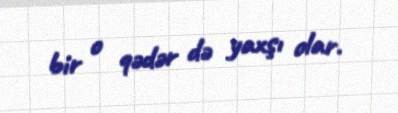
bir o qədər də yaxşı olar.